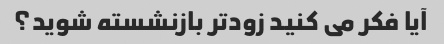
آیا فکر می کنید زودتر بازنشسته شوید؟